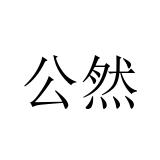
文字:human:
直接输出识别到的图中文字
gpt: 公然